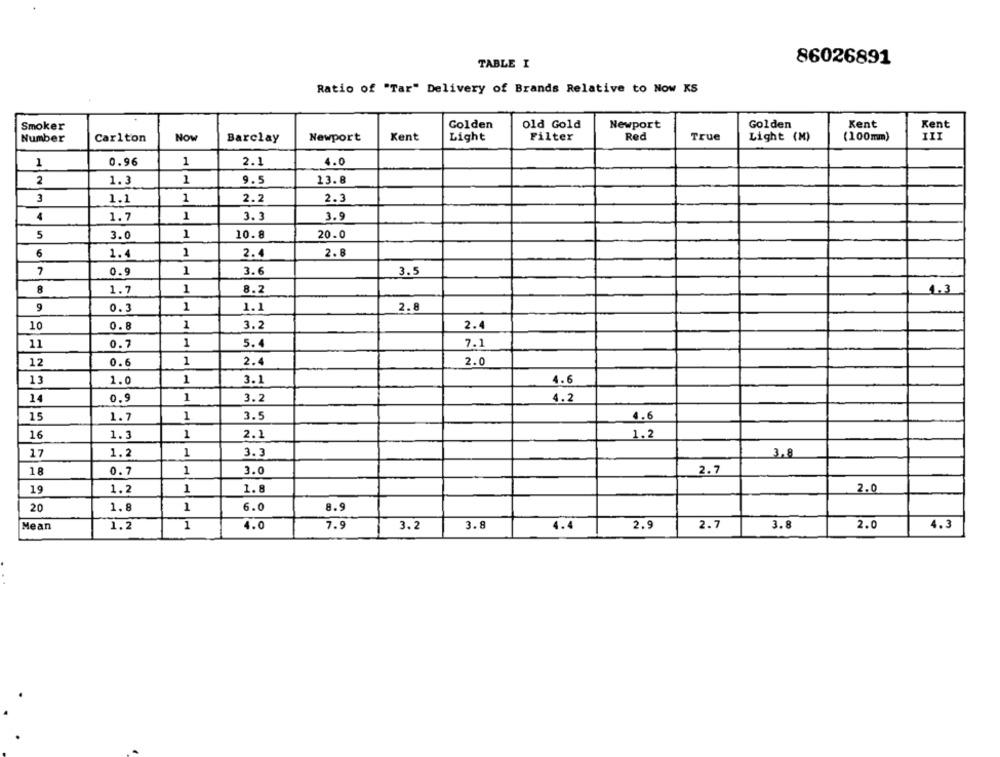
86026891
TABLE I
Ratio of "Tar" Delivery of Brands Relative to Now KS
Smoker
Golden
old Gold
Newport
Golden
Kent
Kent
Now
Kent
Light
Filter
Red
True
(100mm)
III
Number
Carlton
Barclay
Newport
Light (M)
1
0.96
1
2.1
4.0
2
1.3
1
9.5
13.8
1
2.2
2.3
3
1.1
4
1.7
1
3.3
3.9
5
3.0
1
10.8
20.0
6
1.4
1
2.4
2. 8
7
0.9
1
3.6
3.5
8
1.7
1
8.2
4.3
9
0.3
1
1.1
2.8
10
0.8
1
3.2
2.4
11
0.7
1
5.4
7.1
12
0.6
1
2.4
2.0
13
1.0
1
3.1
4.6
14
0.9
1
3.2
4.2
15
1.7
1
3.5
4.6
16
1.3
1
2.1
1.2
17
1.2
1
3.3
3,8
1
2.7
18
0.7
3.0
19
1.2
1
1.8
2.0
20
1.8
1
6.0
8.9
Mean
1.2
1
4.0
7.9
3.2
3.8
4.4
2.9
2.7
3.8
2.0
4.3